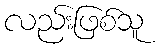
လည်းဖြစ်သူ